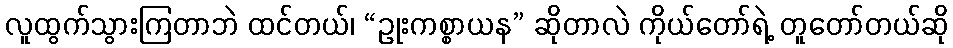
လူထွက်သွားကြတာဘဲ ထင်တယ်၊ “ဥုးကစ္စာယန” ဆိုတာလဲ ကိုယ်တော်ရဲ့ တူတော်တယ်ဆို